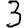
Digit: 3